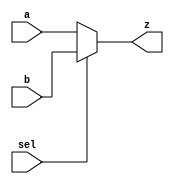
module mux_2to1_32(
    input [31:0] a,
    input [31:0] b,
	 input sel,
    output [31:0] z
    );
assign z = sel ? b:a;
endmodule